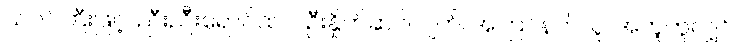
ယဂင်ကြီးဖြင့်၊ ညီးညီးရောင်ထင်၊ ဦးနှိုက်ဆင်လျက်၊ အကြင်နတ်လူ၊ အတူတူလျှင်၊